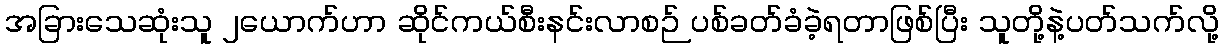
အခြားသေဆုံးသူ ၂ယောက်ဟာ ဆိုင်ကယ်စီးနင်းလာစဉ် ပစ်ခတ်ခံခဲ့ရတာဖြစ်ပြီး သူတို့နဲ့ပတ်သက်လို့